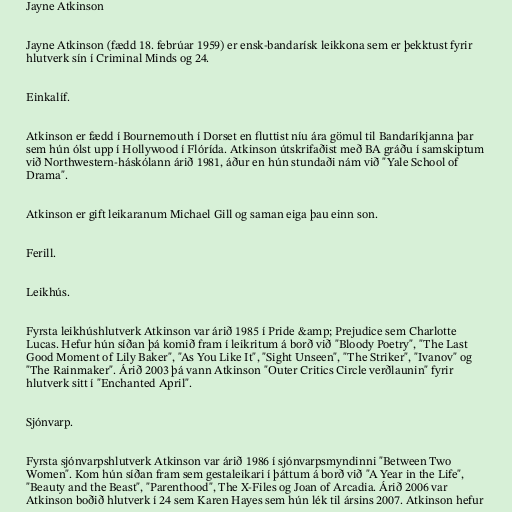
Jayne Atkinson

Jayne Atkinson (fædd 18. febrúar 1959) er ensk-bandarísk leikkona sem er þekktust fyrir
hlutverk sín í Criminal Minds og 24.

Einkalíf.

Atkinson er fædd í Bournemouth í Dorset en fluttist níu ára gömul til Bandaríkjanna þar
sem hún ólst upp í Hollywood í Flórída. Atkinson útskrifaðist með BA gráðu í samskiptum
við Northwestern-háskólann árið 1981, áður en hún stundaði nám við "Yale School of
Drama".

Atkinson er gift leikaranum Michael Gill og saman eiga þau einn son.

Ferill.

Leikhús.

Fyrsta leikhúshlutverk Atkinson var árið 1985 í Pride &amp; Prejudice sem Charlotte
Lucas. Hefur hún síðan þá komið fram í leikritum á borð við "Bloody Poetry", "The Last
Good Moment of Lily Baker", "As You Like It", "Sight Unseen", "The Striker", "Ivanov" og
"The Rainmaker". Árið 2003 þá vann Atkinson "Outer Critics Circle verðlaunin" fyrir
hlutverk sitt í "Enchanted April".

Sjónvarp.

Fyrsta sjónvarpshlutverk Atkinson var árið 1986 í sjónvarpsmyndinni "Between Two
Women". Kom hún síðan fram sem gestaleikari í þáttum á borð við "A Year in the Life",
"Beauty and the Beast", "Parenthood", The X-Files og Joan of Arcadia. Árið 2006 var
Atkinson boðið hlutverk í 24 sem Karen Hayes sem hún lék til ársins 2007. Atkinson hefur